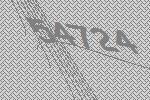
54724